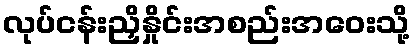
လုပ်ငန်းညှိနှိုင်းအစည်းအဝေးသို့